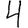
Digit: 4